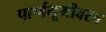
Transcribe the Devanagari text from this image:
पार्श्वभूमीवरच